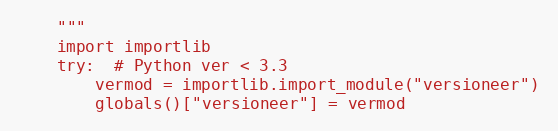
Language: Python
    """
    import importlib
    try:  # Python ver < 3.3
        vermod = importlib.import_module("versioneer")
        globals()["versioneer"] = vermod